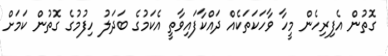
ގޮތުން އެފިރިހެން މީހާ ވާހަކަތަކެއް ދައްކާފައިވާތީ އެކަމުގެ ބަދަލު ހިފުމުގެ ގޮތުން ކަމަށް